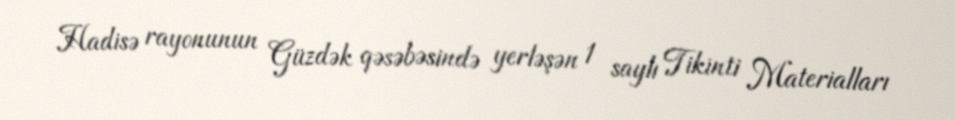
Hadisə rayonunun Güzdək qəsəbəsində yerləşən 1 saylı Tikinti Materialları